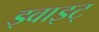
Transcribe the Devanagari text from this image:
ड्वाइट्